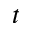
t